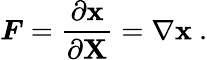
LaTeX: {\boldsymbol{F}}={\frac{\partial\mathbf{x}}{\partial\mathbf{X}}}=\nabla{\boldsymbol{\mathbf{x}}}~.